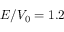
E / V _ { 0 } = 1 . 2